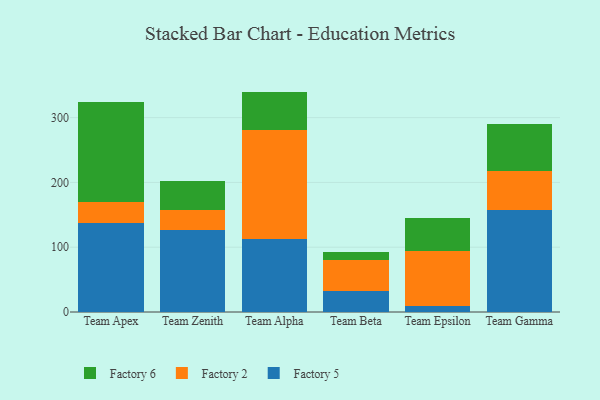
{"axis": {"x": "Team", "y": "Gross Profit (USD K)"}, "legend": ["Factory 2", "Factory 5", "Factory 6"], "data": [{"x": "Team Apex", "y": 137.4, "type": "Factory 5"}, {"x": "Team Apex", "y": 32.8, "type": "Factory 2"}, {"x": "Team Apex", "y": 154.2, "type": "Factory 6"}, {"x": "Team Zenith", "y": 126.7, "type": "Factory 5"}, {"x": "Team Zenith", "y": 30.7, "type": "Factory 2"}, {"x": "Team Zenith", "y": 44.4, "type": "Factory 6"}, {"x": "Team Alpha", "y": 112.6, "type": "Factory 5"}, {"x": "Team Alpha", "y": 168.7, "type": "Factory 2"}, {"x": "Team Alpha", "y": 58.9, "type": "Factory 6"}, {"x": "Team Beta", "y": 33.0, "type": "Factory 5"}, {"x": "Team Beta", "y": 47.6, "type": "Factory 2"}, {"x": "Team Beta", "y": 12.4, "type": "Factory 6"}, {"x": "Team Epsilon", "y": 9.4, "type": "Factory 5"}, {"x": "Team Epsilon", "y": 84.1, "type": "Factory 2"}, {"x": "Team Epsilon", "y": 51.4, "type": "Factory 6"}, {"x": "Team Gamma", "y": 157.9, "type": "Factory 5"}, {"x": "Team Gamma", "y": 59.3, "type": "Factory 2"}, {"x": "Team Gamma", "y": 72.4, "type": "Factory 6"}]}